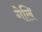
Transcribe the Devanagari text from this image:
गेलि